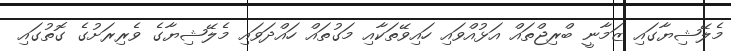
މެލޭޝިޔާގައި ޒަމާނީ ބްރިޖްތައް އަޅުއްވައި ހައިވޭތަކާއި މަގުތައް ހައްދަވައި މެލޭޝިޔާގެ ވެރިރަށުގެ ގޮތުގައި